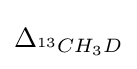
\Delta _{^{13}CH_{3}D}